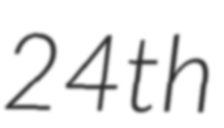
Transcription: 24th